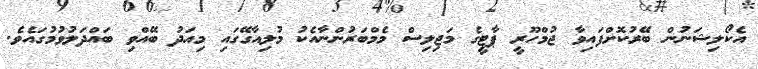
އެކޯލިޝަނުން ބޭރުކޮށްފައިވާ ޖުމްހޫރީ ޕާޓީގެ މަޖިލިސް މެމްބަރުންނާއެކު މުލިއާގޭގައި މިއަދު ބޭއްވި ބައްދަލުވުމުގައެވެ.